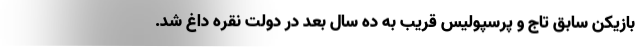
بازیکن سابق تاج و پرسپولیس قریب به ده سال بعد در دولت نقره داغ شد.